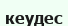
кеудес